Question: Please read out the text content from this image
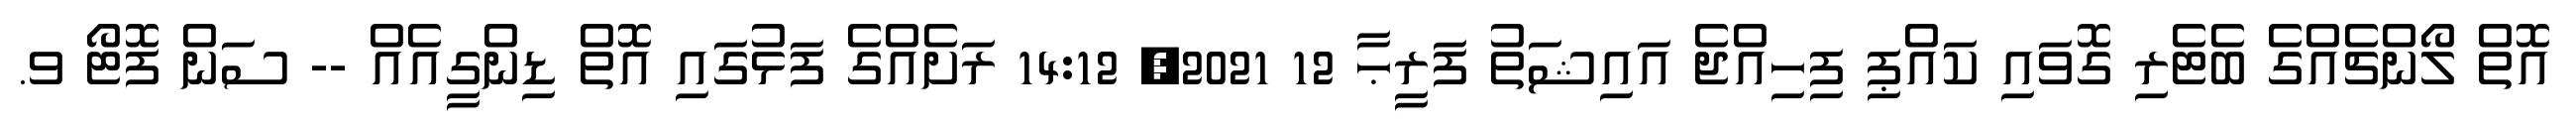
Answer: އޮތް ލޯންޗެއްގެ ބެޓެރި ގޮވައި ކައްޕި ފިހިއްޖެ އައިޝަތު ފަރީޙާ 12 2021, 14:12 ރަށެއްގެ ފަޅުގައި އޮތް ޑިންގީއެއް -- ސަން ފޮޓޯ ވ.